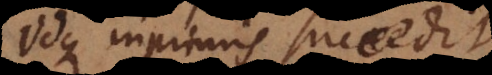
Idque inprimis succedit